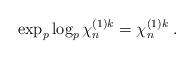
LaTeX: \begin{align*}\exp_p \log_p \chi^{(1)k}_n = \chi^{(1)k}_n \; .\end{align*}